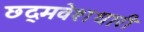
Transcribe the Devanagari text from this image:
छद्‍मवेशधारी